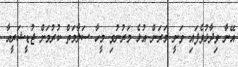
އޭނާ ވިދާޅުވެފައި ވަނީ މަރަން އުޅެ މަރުނުވި މީހާ ސަލާމަތް ކުރުމަށް ޖުޑީޝަރީއާ